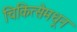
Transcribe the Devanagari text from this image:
चिकित्सेमधून